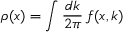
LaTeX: \rho ( x ) = \int \frac { d k } { 2 \pi } \, f ( x , k )